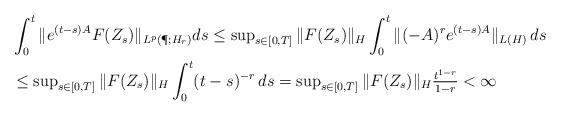
LaTeX: \begin{align*}&\int_0^t \| e^{ ( t - s ) A } F( Z_s ) \|_{ L^p( \P; H_r ) } ds \leq\sup\nolimits_{s\in[0,T]}\| F(Z_s)\|_H\int_0^t \| (-A)^{r} e^{(t-s)A}\|_{L(H)} \, ds\\&\leq\sup\nolimits_{s\in[0,T]}\| F(Z_s)\|_H\int_0^t (t-s)^{-r} \, ds=\sup\nolimits_{s\in[0,T]}\| F(Z_s)\|_H\tfrac{t^{1-r}}{1-r}<\infty\end{align*}